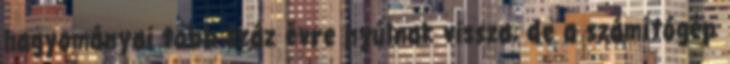
hagyományai több száz évre nyúlnak vissza, de a számítógép